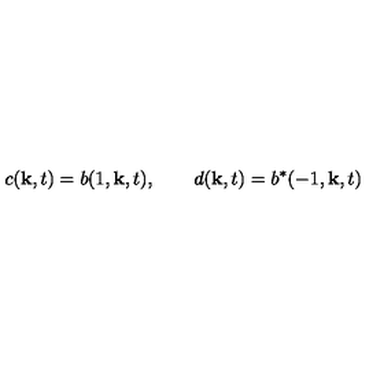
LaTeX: c ( { \bf k } , t ) = b ( 1 , { \bf k } , t ) , \qquad d ( { \bf k } , t ) = b ^ { \ast } ( - 1 , { \bf k } , t )